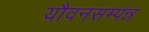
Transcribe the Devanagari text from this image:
यौवनसम्पन्न